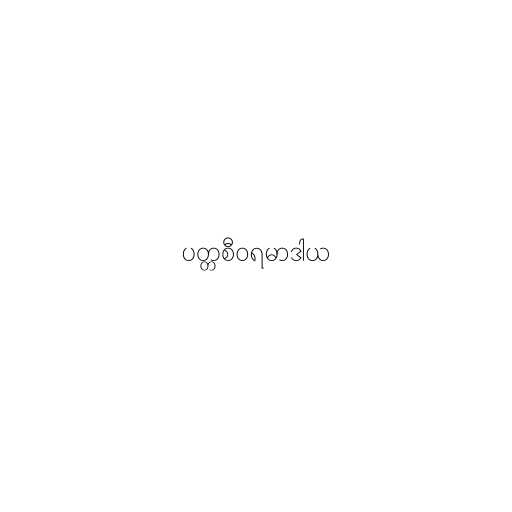
ပတ္တစီဝရမာဒါယ